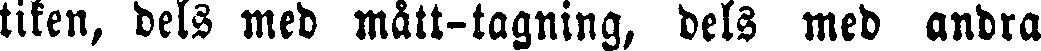
tiken, dels med mått-tagning, dels med andra